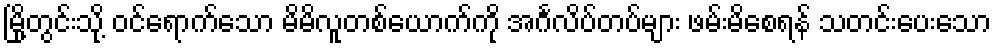
မြို့တွင်းသို့ ဝင်ရောက်သော မိမိလူတစ်ယောက်ကို အင်္ဂလိပ်တပ်များ ဖမ်းမိစေရန် သတင်းပေးသော